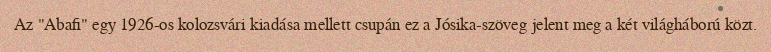
Az "Abafi" egy 1926-os kolozsvári kiadása mellett csupán ez a Jósika-szöveg jelent meg a két világháború közt.